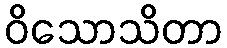
ဝိသောသိတာ